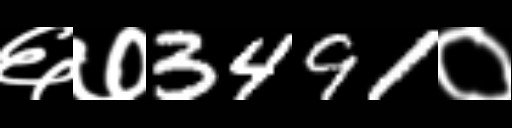
Text: ६७3491०